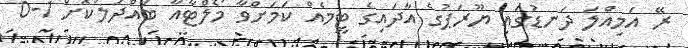
ރޭ އަމިއްލަ ދަނޑުގައި ޔޫރަޕުގެ އާދައިގެ ޓީމެއް ކަމަށްވާ މޯލްޓާއާ ބައްދަލުކޮށް 1-0